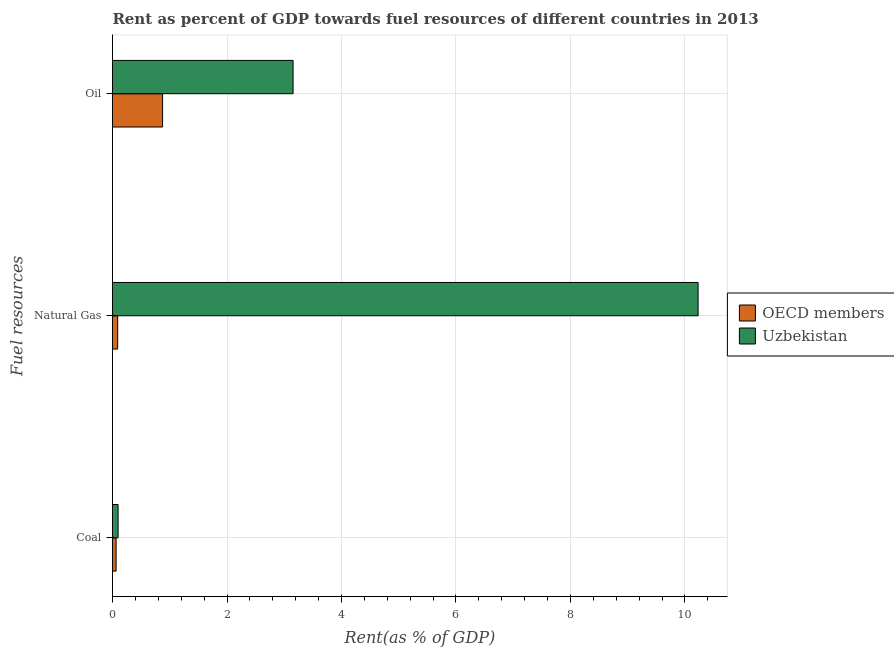
| Fuel resources | OECD members | Uzbekistan |
 | --- | --- | --- |
 | Coal | 0.0629 | 0.0975 |
 | Natural Gas | 0.0902 | 10.2 |
 | Oil | 0.875 | 3.15 |